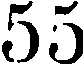
55